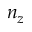
n _ { z }